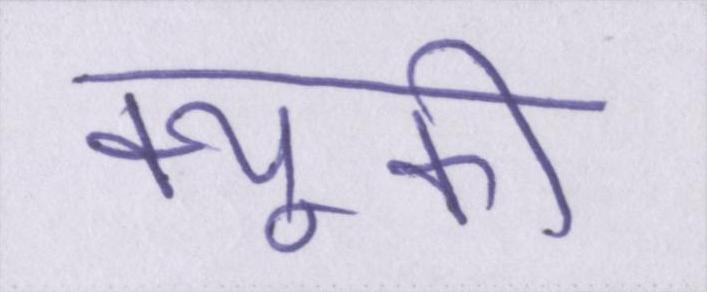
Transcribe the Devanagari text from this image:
क्यूकी